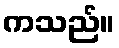
ကသည်။